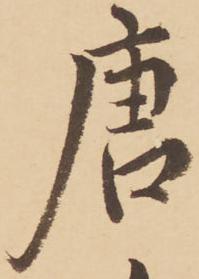
唐